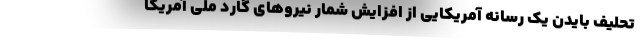
تحلیف بایدن یک رسانه آمریکایی از افزایش شمار نیروهای گارد ملی آمریکا